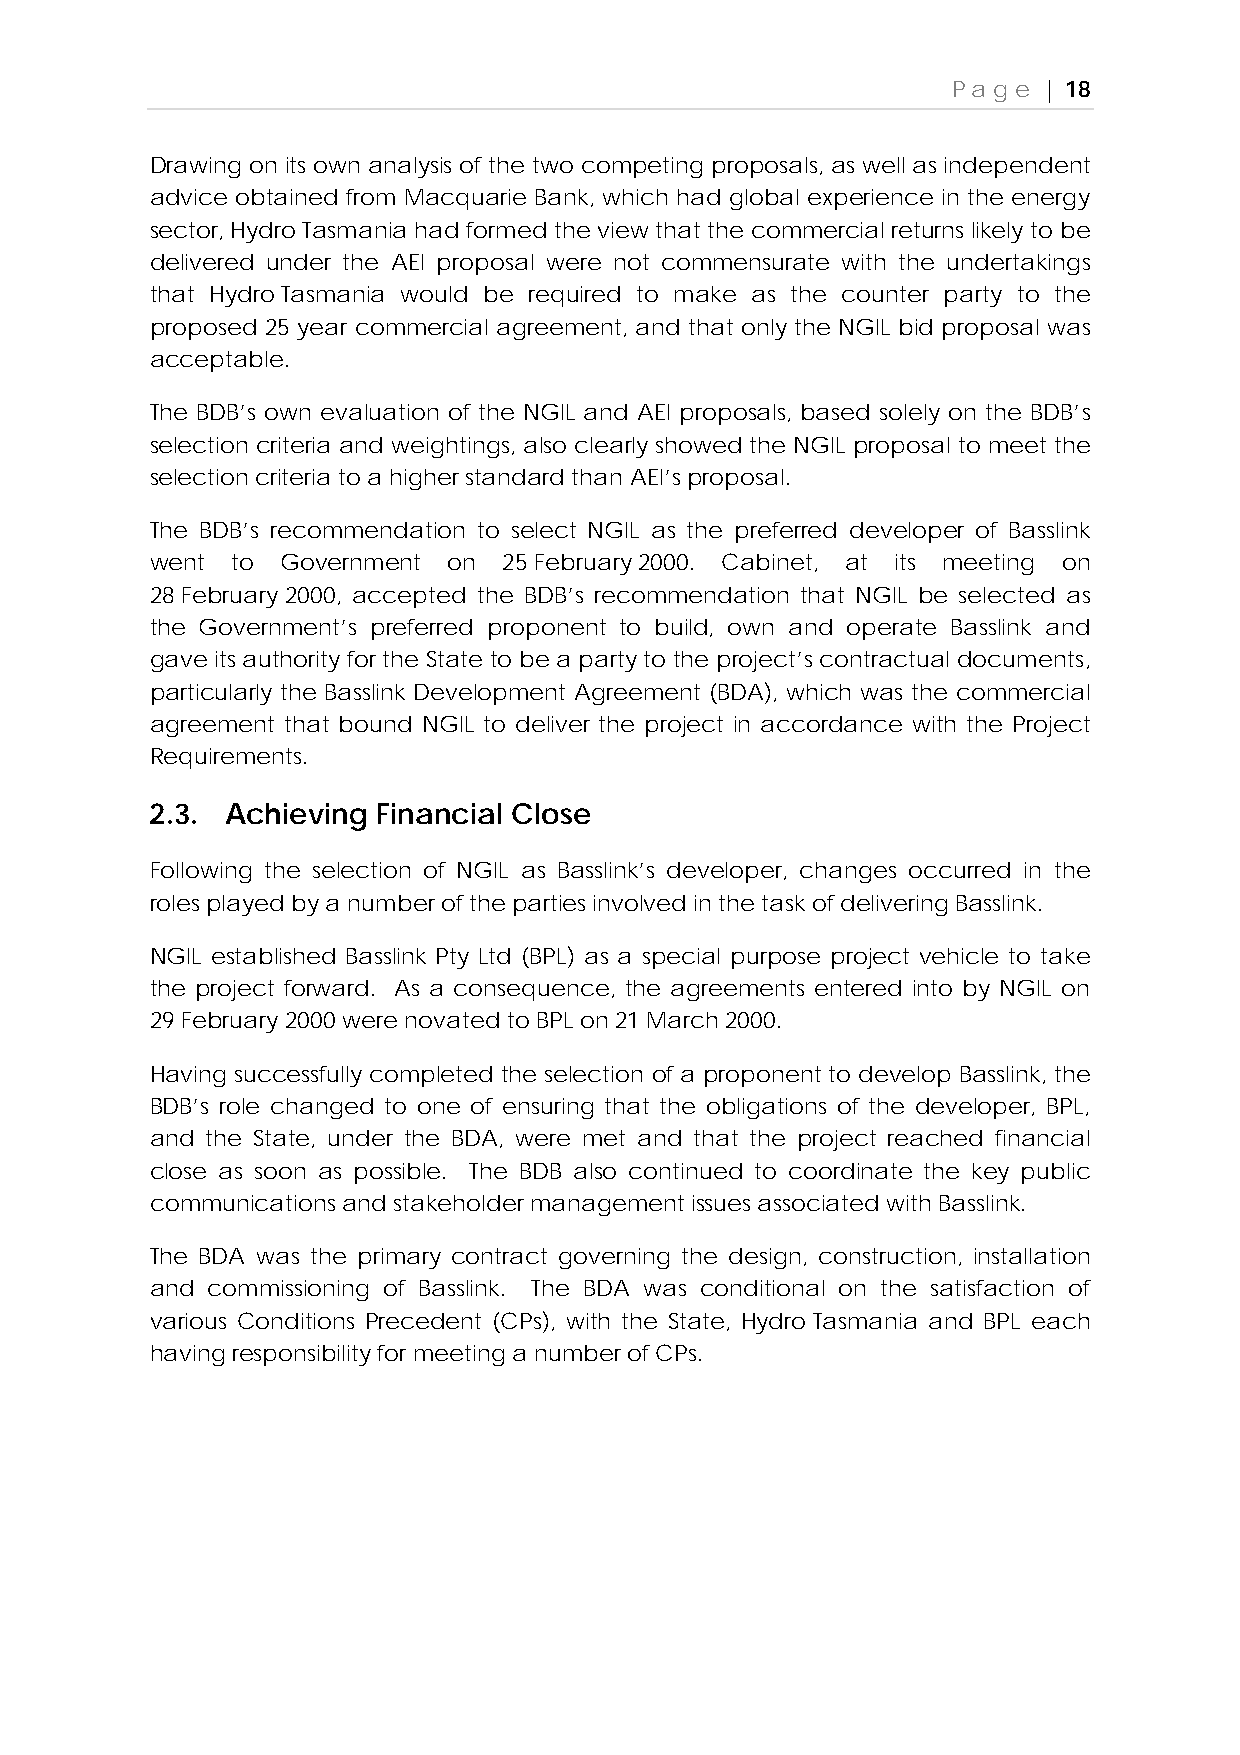
Page  | 18
 Drawing on its own analysis of the two competing proposals, as well as independent
 advice obtained from Macquarie Bank, which had global experience in the energy
 sector, Hydro Tasmania had formed the view that the commercial returns likely to be
 delivered under the AEI proposal were not commensurate with the undertakings
 that Hydro Tasmania would be required to make as the counter party to the
 proposed 25 year commercial agreement, and that only the NGIL bid proposal was
 acceptable.
 The BDB’s own evaluation of the NGIL and AEI proposals, based solely on the BDB’s
 selection criteria and weightings, also clearly showed the NGIL proposal to meet the
 selection criteria to a higher standard than AEI’s proposal.
 The BDB’s recommendation to select NGIL as the preferred developer of Basslink
 went to  Government on 25 February 2000. Cabinet, at its meeting on
 28 February 2000, accepted the BDB’s recommendation that NGIL be selected as
 the Government’s preferred proponent to build, own and operate Basslink and
 gave its authority for the State to be a party to the project’s contractual documents,
 particularly the Basslink Development Agreement (BDA), which was the commercial
 agreement that bound NGIL to deliver the project in accordance with the Project
 Requirements.
 2.3. Achieving Financial Close
 Following the selection of NGIL as Basslink’s developer, changes occurred in the
 roles played by a number of the parties involved in the task of delivering Basslink.
 NGIL established Basslink Pty Ltd (BPL) as a special purpose project vehicle to take
 the project forward. As a consequence, the agreements entered into by NGIL on
 29 February 2000 were novated to BPL on 21 March 2000.
 Having successfully completed the selection of a proponent to develop Basslink, the
 BDB’s role changed to one of ensuring that the obligations of the developer, BPL,
 and the State, under the BDA, were met and that the project reached financial
 close as soon as possible. The BDB also continued to coordinate the key public
 communications and stakeholder management issues associated with Basslink.
 The BDA was the primary contract governing the design, construction, installation
 and commissioning of Basslink. The BDA was conditional on the satisfaction of
 various Conditions Precedent (CPs), with the State, Hydro Tasmania and BPL each
 having responsibility for meeting a number of CPs.